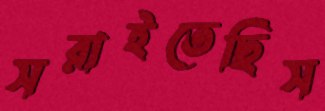
সরাইতেছিস